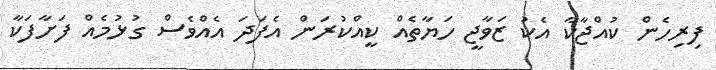
ފިރިހެން ކުއްޖާކާ އެކު ޒަވާޖީ ހަޔާތެއް ކީއްކުރަން އެފަދަ އެއްވެސް ގުޅުމެއް ފަށާފަކާ